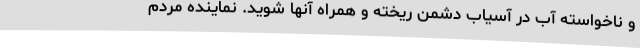
و ناخواسته آب در آسیاب دشمن ریخته و همراه آنها شوید. نماینده مردم